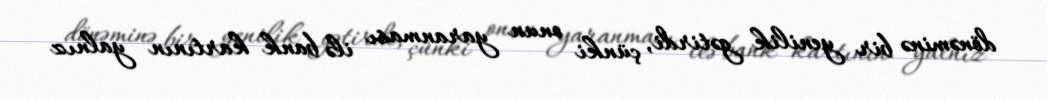
dönəminə bir yenilik gətirdi, çünki onun yaranması ilə bank kartının yalnız